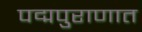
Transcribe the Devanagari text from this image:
पद्मपुराणात